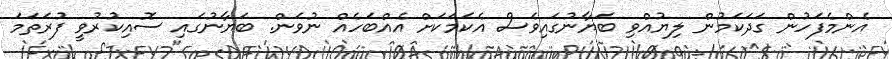
އެންމެފަހުން ގަދަކަމުން ލިޔުއްވި ބަޔާނުގައިވެސް އެކަމަކަށް އެއްބަހެއް ނުވަން. ބަޔާނުގައި ސޮއިކުރުވީ ފުރަތަމަ